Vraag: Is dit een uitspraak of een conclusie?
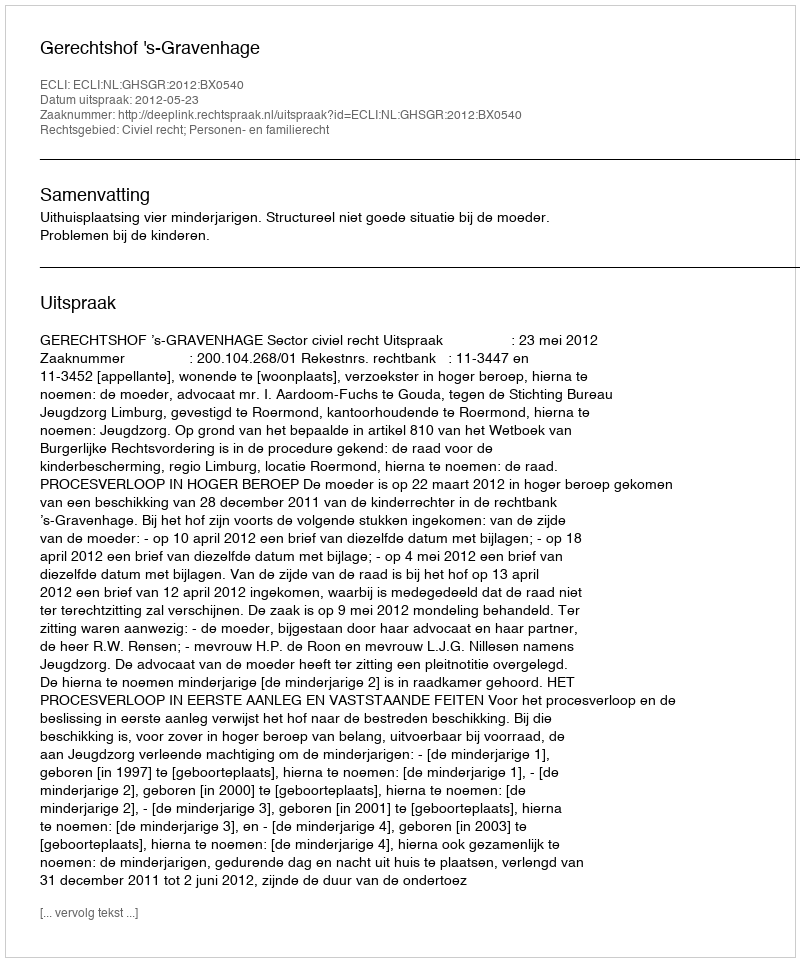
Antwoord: Uitspraak